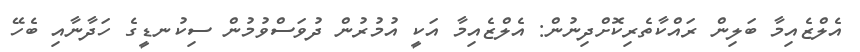
އެލްޒެއިމާ ބަލިން ރައްކާތެރިކޮށްދިނުން: އެލްޒެއިމާ އަކީ އުމުރުން ދުވަސްވުމުން ސިކުނޑީގެ ހަދާނާއި ބެހޭ